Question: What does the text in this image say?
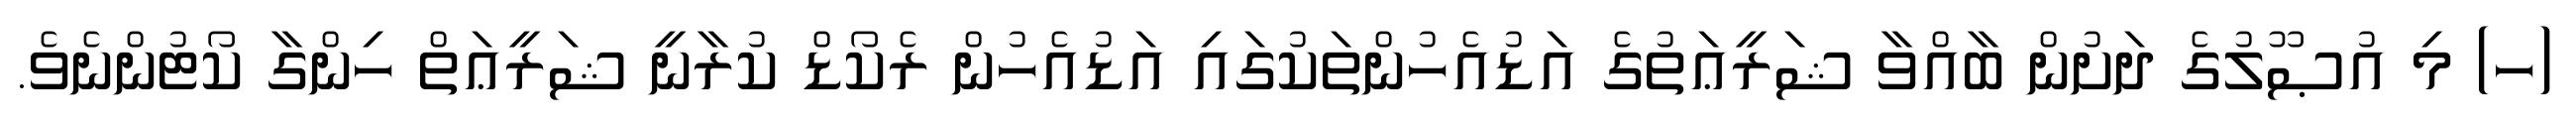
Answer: (ހ) މި އުޞޫލުގެ ދަށުން ބާއްވާ ޝަރީޢަތުގެ އަޑުއެހުންތަކުގައި އަޑުއެހުން ރެކޯޑް ކުރާނީ ޝަރީޢަތް ހިންގާ ކޯޓުންނެވެ.